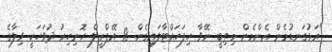
"އަޅުގަނޑުމެން އެންމެން މިތިބީ ނޭވާ ހިފަހައްޓާލައިގެން. 18 އޭޕްރީލް ހޮނިހިރު ދުވަހަކީ ވިލާގެ